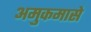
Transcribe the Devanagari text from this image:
अमुकमासे